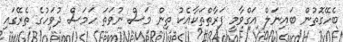
ބެހޭގޮތުން ބައިނަލް އަގްވާމީ ފަރާތްތަކާއެކު ތިން މަސް ނުވަތަ ހަމަސް ދުވަހުގެ ތެރޭގައި